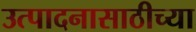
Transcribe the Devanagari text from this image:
उत्पादनासाठीच्या